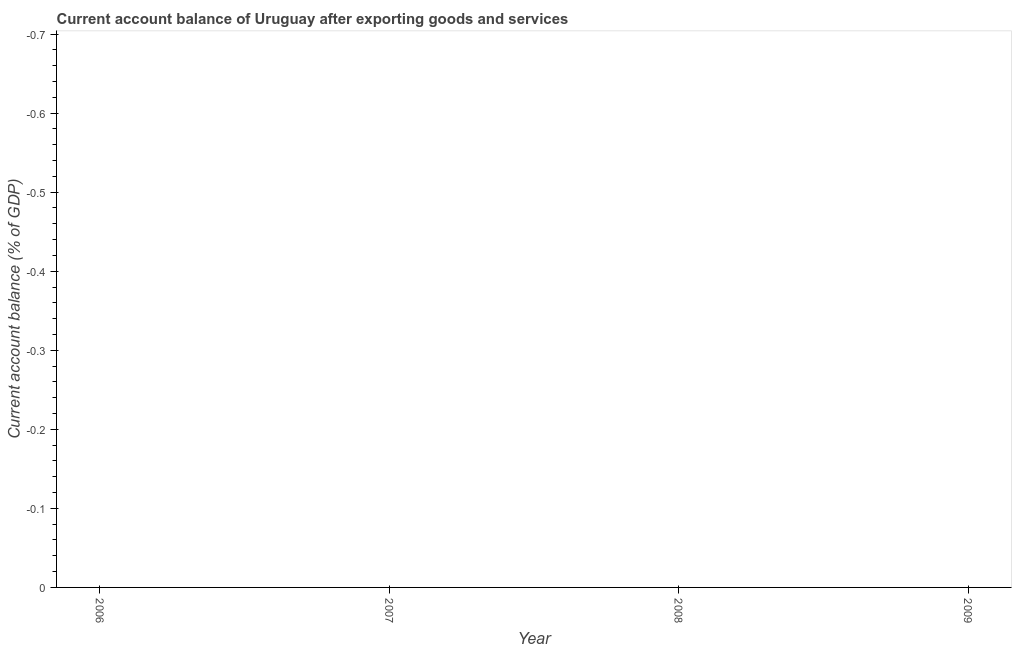
| Year | Current account balance |
 | --- | --- |
 | 2006 | -2 |
 | 2007 | -0.942 |
 | 2008 | -5.69 |
 | 2009 | -1.21 |